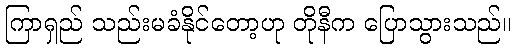
ကြာရှည် သည်းမခံနိုင်တော့ဟု တိုနီက ပြောသွားသည်။